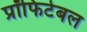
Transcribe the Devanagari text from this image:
प्रॉफिटेबल